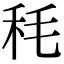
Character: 秏